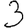
Digit: 3